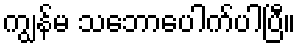
ကျွန်မ သဘောပေါက်ပါပြီ။